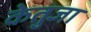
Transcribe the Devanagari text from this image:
केतुजा